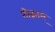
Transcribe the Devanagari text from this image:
तीब्रतम्